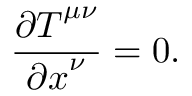
\frac { { \partial T } ^ { \mu \nu } } { { \partial x } ^ { \nu } } = 0 .